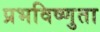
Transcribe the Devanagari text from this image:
प्रभविष्णुता